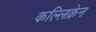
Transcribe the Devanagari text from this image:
कल्लिक्रेन